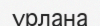
ұрлана